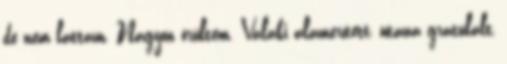
de nem láttam. Nagyon örültem. Valaki alámerített, utána gratulált,